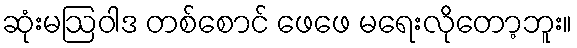
ဆုံးမဩဝါဒ တစ်စောင် ဖေဖေ မရေးလိုတော့ဘူး။